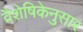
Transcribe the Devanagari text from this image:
वैशेषिकेनुसार